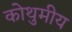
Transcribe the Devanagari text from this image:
कोथुमीय